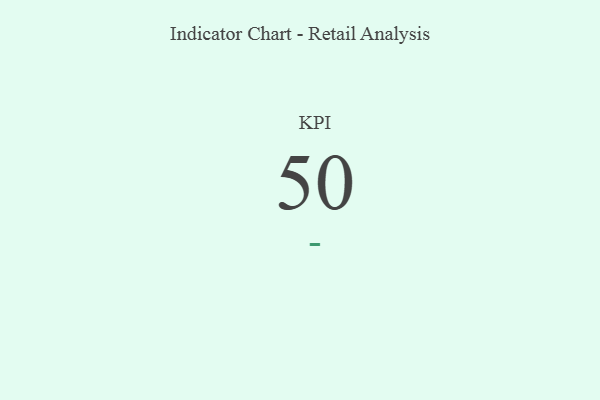
{"axis": {"x": "KPI", "y": "Value"}, "legend": [""], "data": [{"x": "KPI", "y": 50, "type": ""}]}